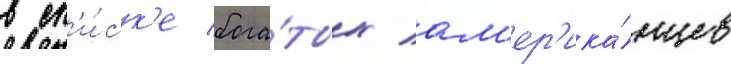
в сп'и́ск'е бога́тых ам'ер'ика́нцев